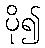
ပို၍